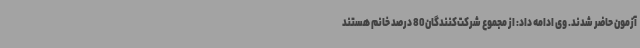
آزمون حاضر شدند. وی ادامه داد: از مجموع شرکت‌کنندگان80 درصد خانم هستند